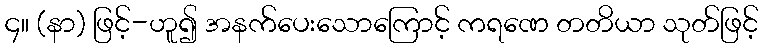
၄။ (နာ) ဖြင့်-ဟူ၍ အနက်ပေးသောကြောင့် ကရဏေ တတိယာ သုတ်ဖြင့်